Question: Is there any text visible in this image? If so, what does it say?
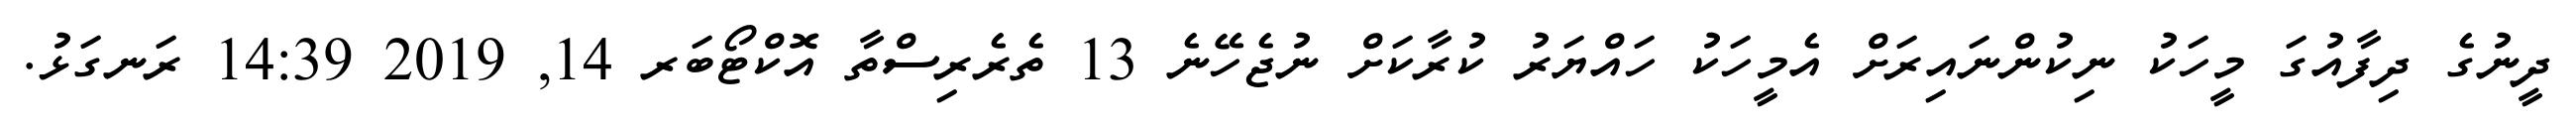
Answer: ދީނުގެ ދިފާއުގަ މީހަކު ނިކުންނައިރަށް އެމީހަކު ހައްޔަރު ކުރާކަށް ނުޖެހޭނެ 13 ތެރެރިސްތާ އޮކްޓޯބަރ 14, 2019 14:39 ރަނގަޅު.